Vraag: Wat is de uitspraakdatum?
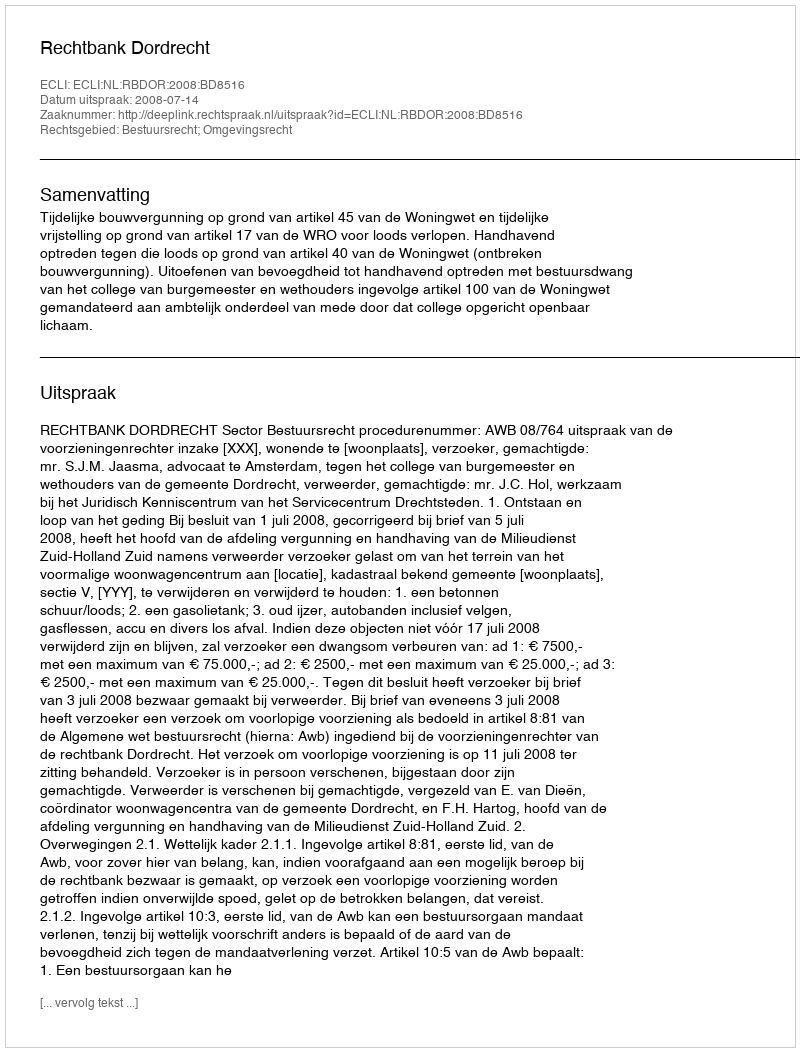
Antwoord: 2008-07-14